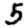
Digit: 5